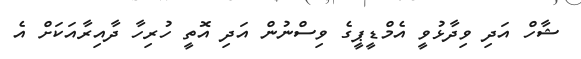
ޝާހް އަދި ވިދާޅުވީ އެމްޑީޕީގެ ވިސްނުން އަދި އޮތީ ހުރިހާ ދާއިރާއަކަށް އެ